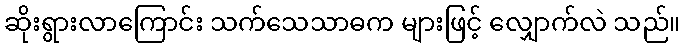
ဆိုးရွားလာကြောင်း သက်သေသာဓက များဖြင့် လျှောက်လဲ သည်။